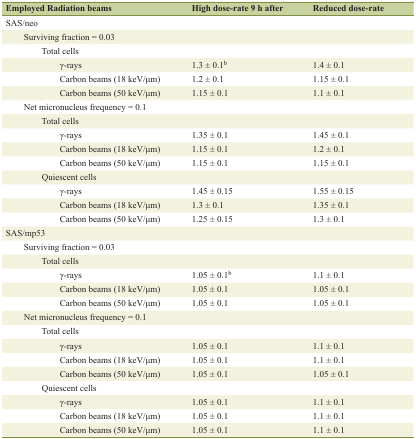
<table><thead><tr><td><b>Employed Radiation beams</b></td><td><b>High dose-rate 9 h after</b></td><td><b>Reduced dose-rate</b></td></tr></thead><tbody><tr><td>SAS/neo</td><td></td><td></td></tr><tr><td>Surviving fraction = 0.03</td><td></td><td></td></tr><tr><td>Total cells</td><td></td><td></td></tr><tr><td>γ-rays</td><td>1.3 ± 0.1<sup>b</sup></td><td>1.4 ± 0.1</td></tr><tr><td>Carbon beams (18 keV/μm)</td><td>1.2 ± 0.1</td><td>1.15 ± 0.1</td></tr><tr><td>Carbon beams (50 keV/μm)</td><td>1.15 ± 0.1</td><td>1.1 ± 0.1</td></tr><tr><td>Net micronucleus frequency = 0.1</td><td></td><td></td></tr><tr><td>Total cells</td><td></td><td></td></tr><tr><td>γ-rays</td><td>1.35 ± 0.1</td><td>1.45 ± 0.1</td></tr><tr><td>Carbon beams (18 keV/μm)</td><td>1.15 ± 0.1</td><td>1.2 ± 0.1</td></tr><tr><td>Carbon beams (50 keV/μm)</td><td>1.15 ± 0.1</td><td>1.15 ± 0.1</td></tr><tr><td>Quiescent cells</td><td></td><td></td></tr><tr><td>γ-rays</td><td>1.45 ± 0.15</td><td>1.55 ± 0.15</td></tr><tr><td>Carbon beams (18 keV/μm)</td><td>1.3 ± 0.1</td><td>1.35 ± 0.1</td></tr><tr><td>Carbon beams (50 keV/μm)</td><td>1.25 ± 0.15</td><td>1.3 ± 0.1</td></tr><tr><td>SAS/mp53</td><td></td><td></td></tr><tr><td>Surviving fraction = 0.03</td><td></td><td></td></tr><tr><td>Total cells</td><td></td><td></td></tr><tr><td>γ-rays</td><td>1.05 ± 0.1<sup>b</sup></td><td>1.1 ± 0.1</td></tr><tr><td>Carbon beams (18 keV/μm)</td><td>1.05 ± 0.1</td><td>1.05 ± 0.1</td></tr><tr><td>Carbon beams (50 keV/μm)</td><td>1.05 ± 0.1</td><td>1.05 ± 0.1</td></tr><tr><td>Net micronucleus frequency = 0.1</td><td></td><td></td></tr><tr><td>Total cells</td><td></td><td></td></tr><tr><td>γ-rays</td><td>1.05 ± 0.1</td><td>1.1 ± 0.1</td></tr><tr><td>Carbon beams (18 keV/μm)</td><td>1.05 ± 0.1</td><td>1.1 ± 0.1</td></tr><tr><td>Carbon beams (50 keV/μm)</td><td>1.05 ± 0.1</td><td>1.05 ± 0.1</td></tr><tr><td>Quiescent cells</td><td></td><td></td></tr><tr><td>γ-rays</td><td>1.05 ± 0.1</td><td>1.1 ± 0.1</td></tr><tr><td>Carbon beams (18 keV/μm)</td><td>1.05 ± 0.1</td><td>1.1 ± 0.1</td></tr><tr><td>Carbon beams (50 keV/μm)</td><td>1.05 ± 0.1</td><td>1.1 ± 0.1</td></tr></tbody></table>